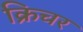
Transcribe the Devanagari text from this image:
क्रिचर